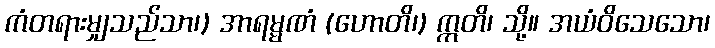
ကံတရားမျှသည်သာ၊) အာရမ္မဏံ (ဟောတိ၊) ဣတိ၊ သို့။ အယံဝိသေသော၊